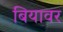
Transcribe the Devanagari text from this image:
बियावर